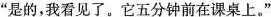
"是的,我看见了.它五分钟前在课桌上."